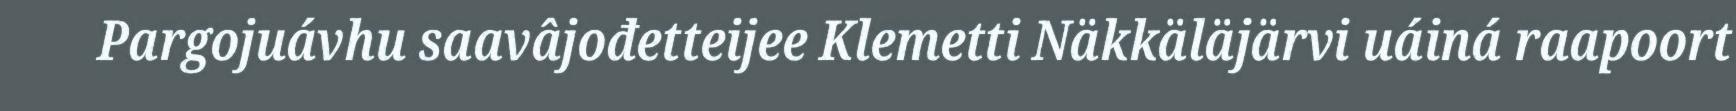
Pargojuávhu saavâjođetteijee Klemetti Näkkäläjärvi uáiná raapoort